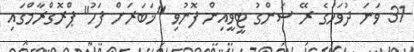
31 ވަނަ ދުވަހުގެ ރޭ ސަންގު ޓީވީއިން ފޮނުވި "ޚަބަރަށް ފަހު" ޕްރޮގްރާމްގައި